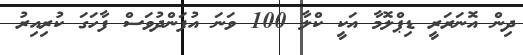
ދިން އޮނަރަރީ ޑިޕްލޮމާ އަކީ ކްލާ 100 ވަނަ އުފަންދުވަސް ފާހަގަ ކުރިއިރު